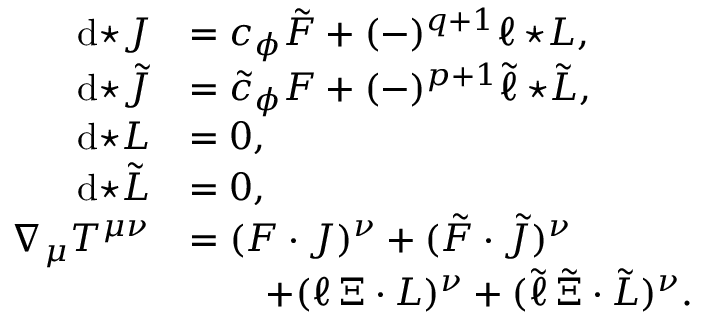
\begin{array} { r l } { \mathrm { d } { \star J } } & { = c _ { \phi } \tilde { F } + ( - ) ^ { q + 1 } \ell \, { \star L } , } \\ { \mathrm { d } { \star \tilde { J } } } & { = \tilde { c } _ { \phi } F + ( - ) ^ { p + 1 } \tilde { \ell } \, { \star \tilde { L } } , } \\ { \mathrm { d } { \star L } } & { = 0 , } \\ { \mathrm { d } { \star \tilde { L } } } & { = 0 , } \\ { \nabla _ { \mu } T ^ { \mu \nu } } & { = ( F \cdot J ) ^ { \nu } + ( \tilde { F } \cdot \tilde { J } ) ^ { \nu } } \\ & { \qquad + ( \ell \, \Xi \cdot L ) ^ { \nu } + ( \tilde { \ell } \, \tilde { \Xi } \cdot \tilde { L } ) ^ { \nu } . } \end{array}